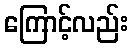
ကြောင့်လည်း